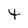
Character: t